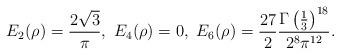
LaTeX: \begin{align*}E_2(\rho) = \frac{2\sqrt{3}}{\pi}, \ E_4(\rho) = 0, \ E_6(\rho) = \frac{27}{2} \frac{\Gamma\left(\frac{1}{3}\right)^{18}}{2^8\pi^{12}}.\end{align*}